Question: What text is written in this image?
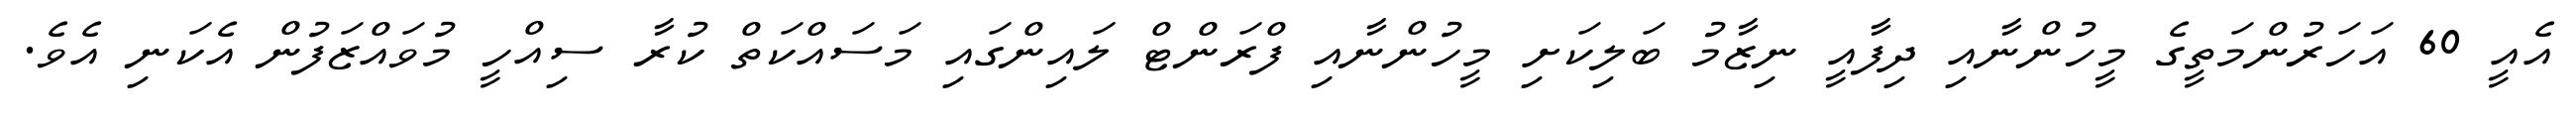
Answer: އެއީ 60 އަހަރުންމަތީގެ މީހުންނާއި ދިފާއީ ނިޒާމު ބަލިކަށި މީހުންނާއި ފްރަންޓް ލައިންގައި މަސައްކަތް ކުރާ ސިއްހީ މުވައްޒަފުން އެކަނި އެވެ.